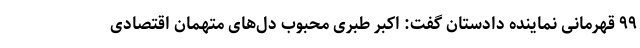
۹۹ قهرمانی نماینده دادستان گفت: اکبر طبری محبوب دل‌های متهمان اقتصادی